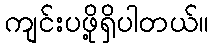
ကျင်းပဖို့ရှိပါတယ်။